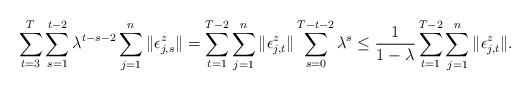
LaTeX: \begin{align*}\sum_{t=3}^{T}\sum_{s=1}^{t-2}\lambda^{t-s-2}\sum_{j=1}^n\|\epsilon^z_{j,s}\|&=\sum_{t=1}^{T-2}\sum_{j=1}^n\|\epsilon^z_{j,t}\|\sum_{s=0}^{T-t-2}\lambda^s\le\frac{1}{1-\lambda}\sum_{t=1}^{T-2}\sum_{j=1}^n\|\epsilon^z_{j,t}\|.\end{align*}